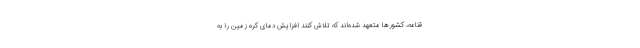
قنامه، کشورها متعهد شده‌اند که تلاش کنند افزایش دمای کره زمین را به